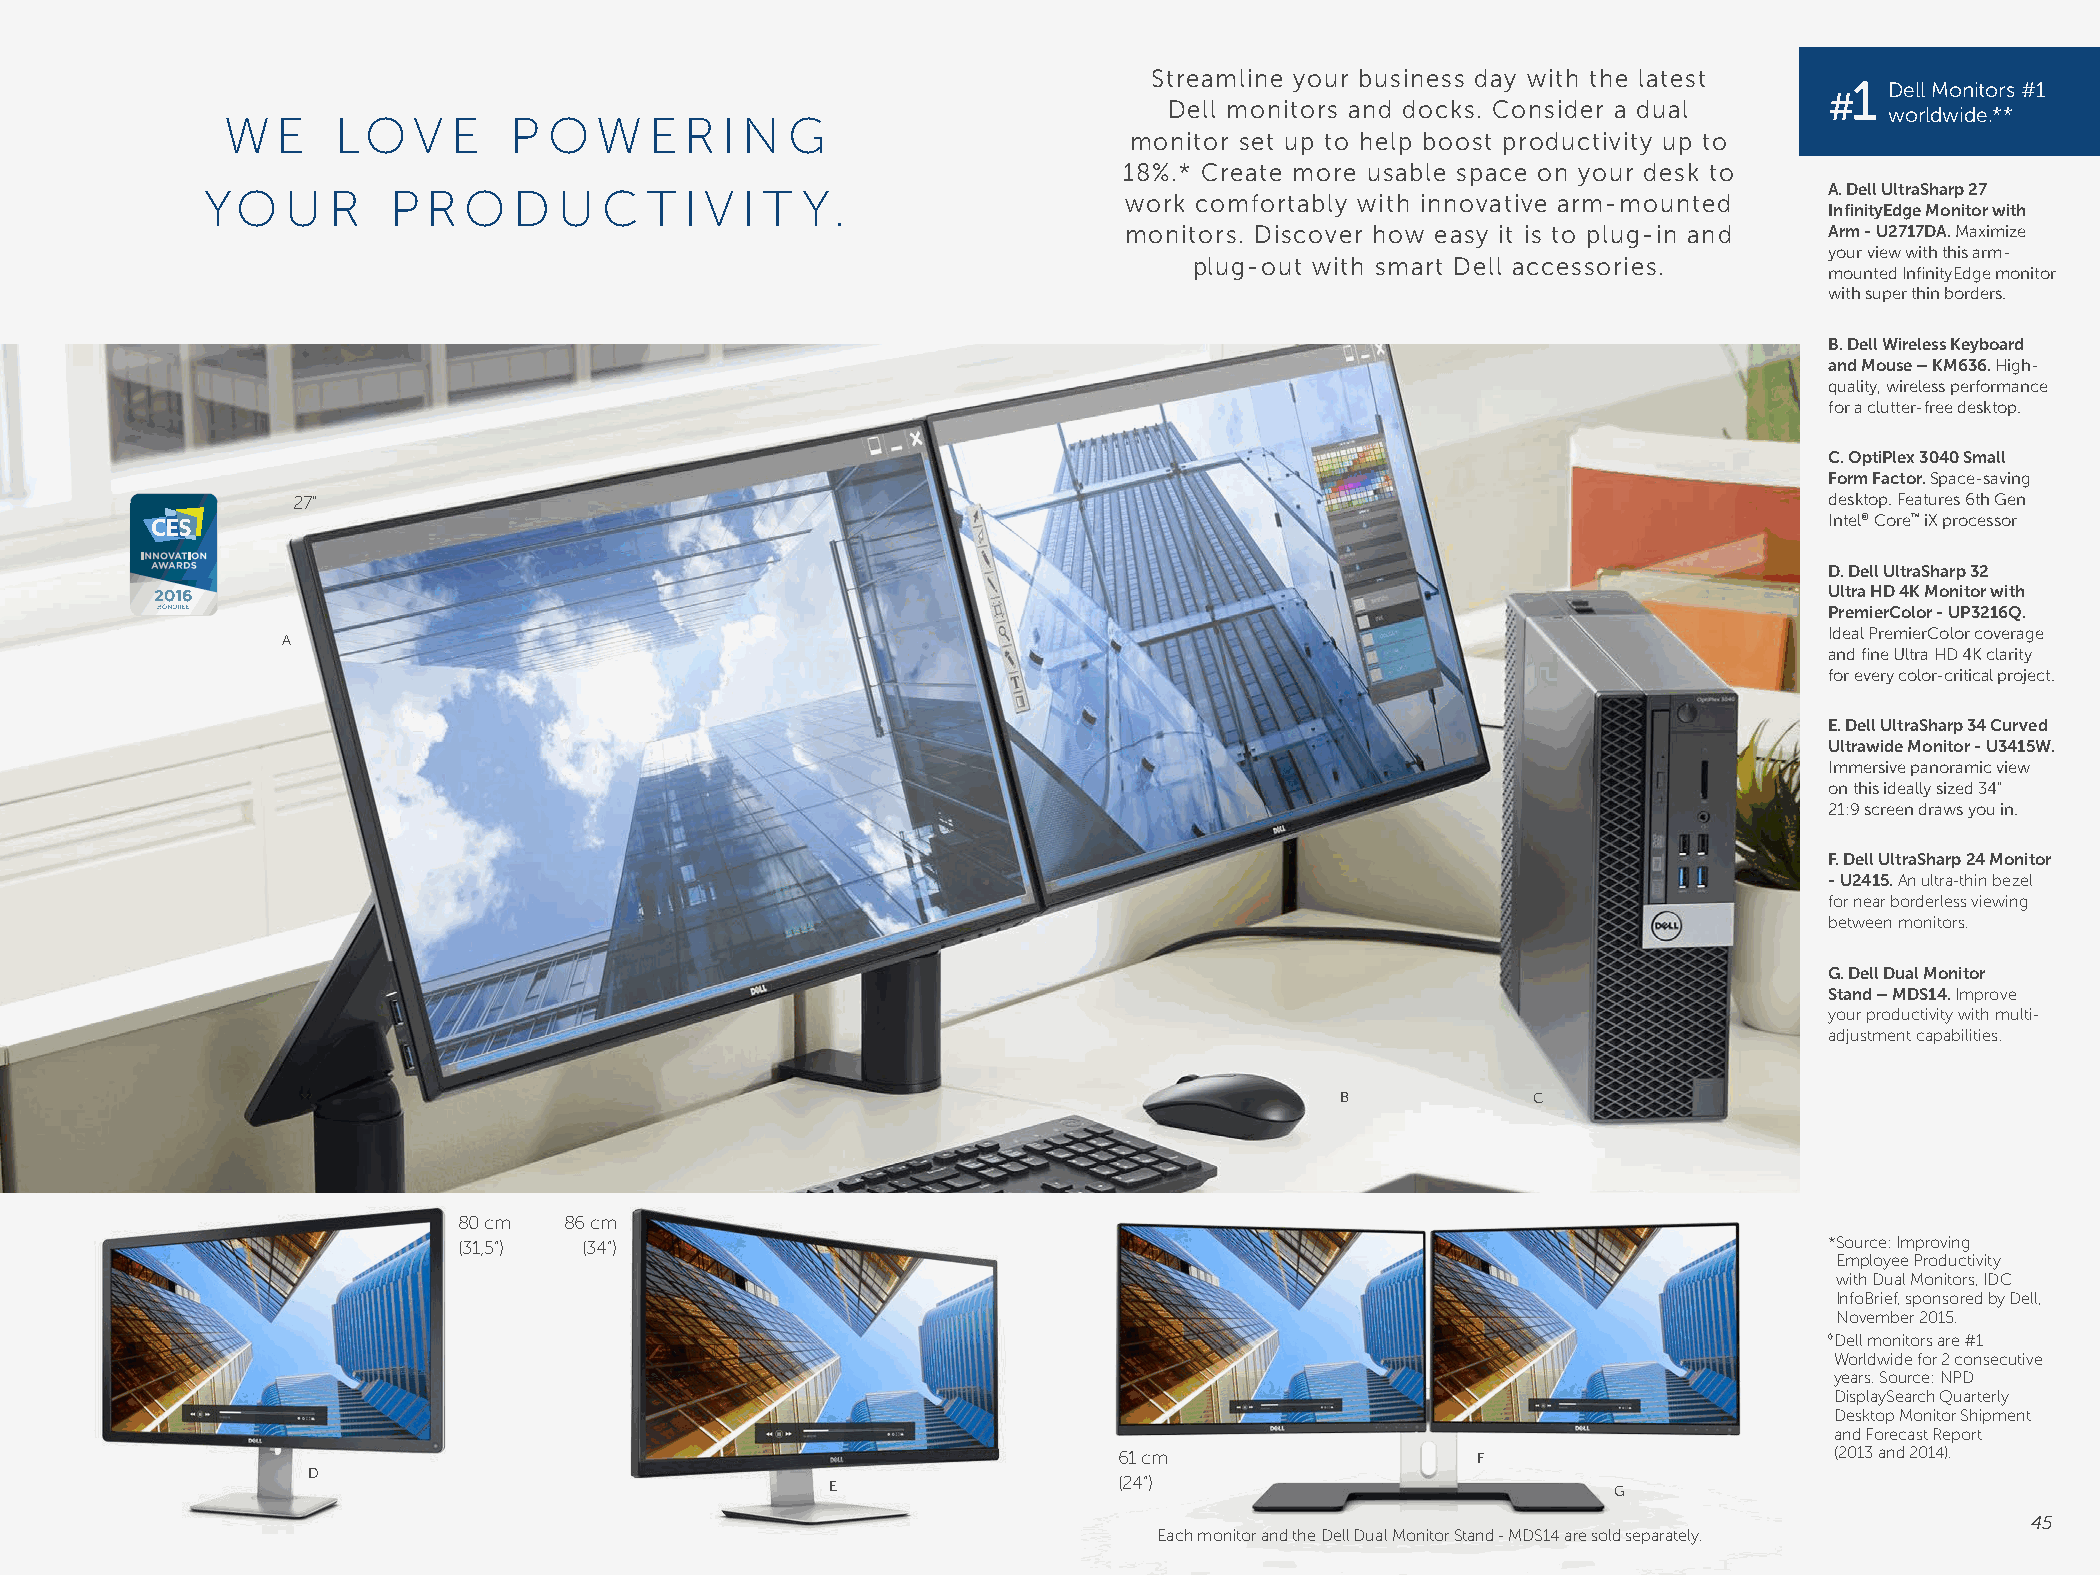
Streamline your business day with the latest
 1 Dell Monitors #1
 #
 Dell monitors and docks. Consider a dual
 worldwide.**
 W  E   LO   V  E   P O  W   E R  I N G
 monitor set up to help boost productivity up to
 18%.* Create more usable space on your desk to
 YO   U  R   P R  O  D  U  C  T I V I T Y.                    work comfortably with innovative arm-mounted  A. Dell UltraSharp 27
 InfinityEdge Monitor with
 monitors. Discover how easy it is to plug-in and Arm - U2717DA. Maximize
 your view with this arm-
 plug-out with smart Dell accessories.
 mounted InfinityEdge monitor
 with super thin borders.
 B. Dell Wireless Keyboard
 and Mouse – KM636. High-
 quality, wireless performance
 for a clutter-free desktop.
 C. OptiPlex 3040 Small
 Form Factor. Space-saving
 27"                                                                                                   desktop. Features 6th Gen
 Intel® Core™ iX processor
 D. Dell UltraSharp 32
 Ultra HD 4K Monitor with
 PremierColor - UP3216Q.
 Ideal PremierColor coverage
 A
 and fine Ultra HD 4K clarity
 for every color-critical project.
 E. Dell UltraSharp 34 Curved
 Ultrawide Monitor - U3415W.
 Immersive panoramic view
 on this ideally sized 34"
 21:9 screen draws you in.
 F. Dell UltraSharp 24 Monitor
 - U2415. An ultra-thin bezel
 for near borderless viewing
 between monitors.
 G. Dell Dual Monitor
 Stand – MDS14. Improve
 your productivity with multi-
 adjustment capabilities.
 B           C
 80 cm  86 cm
 (31,5”)  (34”)                                                                             *S ource: Improving
 Employee Productivity
 with Dual Monitors, IDC
 InfoBrief, sponsored by Dell,
 November 2015.
 ◊Dell monitors are #1
 Worldwide for 2 consecutive
 years. Source: NPD
 DisplaySearch Quarterly
 Desktop Monitor Shipment
 and Forecast Report
 61 cm                   F                      (2013 and 2014).
 D
 E                  (24”)                            G
 45
 Each monitor and the Dell Dual Monitor Stand - MDS14 are sold separately.